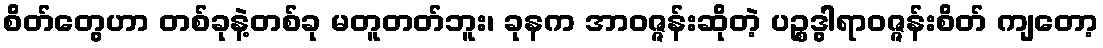
စိတ်တွေဟာ တစ်ခုနဲ့တစ်ခု မတူတတ်ဘူး၊ ခုနက အာဝဇ္ဇန်းဆိုတဲ့ ပဉ္စဒွါရာဝဇ္ဇန်းစိတ် ကျတော့